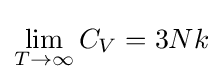
\lim _{T\to \infty }C_{V}=3Nk